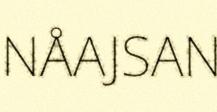
NÅAJSAN